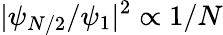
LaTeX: |\psi_{N/2}/\psi_{1}|^{2}\propto 1/N